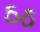
ઠઠ